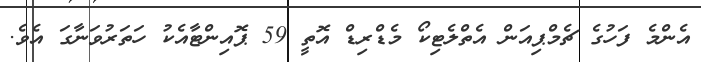
އެންމެ ފަހުގެ ޗެމްޕިއަން އެތްލެޓިކޯ މެޑްރިޑް އޮތީ 59 ޕޮއިންޓާއެކު ހަތަރުވަނާގަ އެވެ.